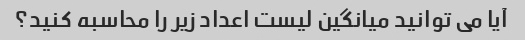
آیا می توانید میانگین لیست اعداد زیر را محاسبه کنید؟